system: You are a helpful assistant.
user:
Analyze the provided spectrum to determine if it is a **Carbon Star (C-type)**.

- **Key Visual Indicators of Carbon Star:**
    - **(Primary):** Strong molecular absorption from **C₂ (diatomic carbon) "Swan Bands."** This is the **defining feature** of a carbon star.
        - **(Key Bandheads):** Sharp absorption edges are visible at approximately $5635$ Å, $5165$ Å (the strongest band), and $4737$ Å.
        - **(Line Profile):** Creates a distinct **"saw-tooth"** pattern. The key morphology is a sharp, steep bandhead on the **red (long-wavelength) side**, which then gradually tapers off (i.e., flux recovers) towards the **blue (short-wavelength) side**. *(This is the direct opposite of the TiO bands seen in M-type stars)*.

    - **(Secondary):** Intense **CN (cyanogen)** molecular absorption bands.
        - **(Key Bandheads):** Located in the blue and violet regions of the spectrum (e.g., near $4215$ Å and $3883$ Å).
        - **(Morphology):** These bands are extremely broad and act as a "blanket," absorbing the vast majority of blue and violet light. This creates a characteristic **"cliff"** or **"steep drop-off"** in the spectrum's flux at short wavelengths.

    - **(Key Confirmation):** Strong **CH absorption band (G-band)**.
        - **(Key Bandhead):** Located around $4300$ Å. The contribution from CH molecules to this band is exceptionally strong.

    - **(Overall Spectrum):**
        - The continuum is severely "chopped up" by these deep molecular bands, especially C₂, rather than appearing as a smooth curve.
        - Due to the heavy CN and C₂ absorption in the blue-green, the vast majority of the star's flux is concentrated in the red part of the spectrum, giving the star its characteristic deep red color.

Think first, call **spectral_visualization_tool** if needed to examine features in detail, then provide your final answer. Your response must adhere to the following strict rules:
1.  **Overall Structure:** Your response must follow the format `<think>...</think> <tool_call>...</tool_call> (if a tool is used) <answer>...</answer>`.
2.  **Tool Usage Constraint:** You may only make **one** tool call per turn.
3.  **Final Answer Format:** In the `<answer>` tag, your conclusion must be inside a `\boxed{}` command (e.g., `\boxed{YES}`), followed by your justification.

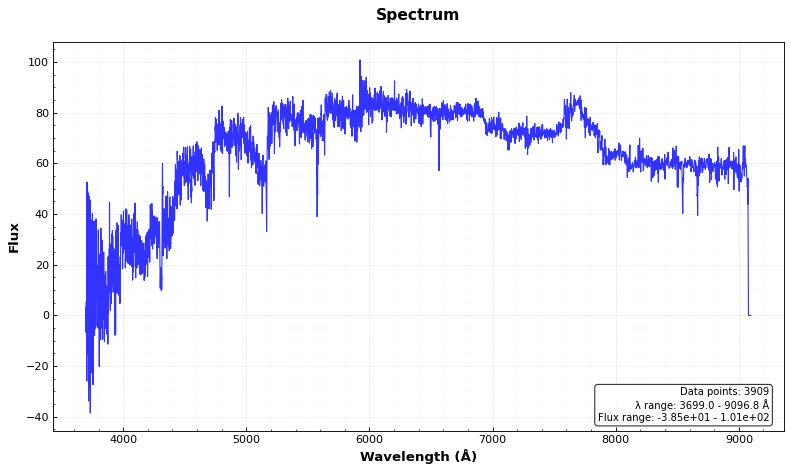
Answer: YES